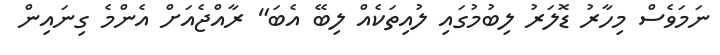
ނަމަވެސް މިހާރު ޑޮލަރު ލިބުމުގައި ލުއިތަކެއް ލިބޭ އެބަ" ރާއްޖެއަށް އެންމެ ގިނައިން